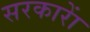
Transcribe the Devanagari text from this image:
सरकाराें